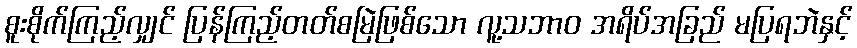
စူးစိုက်ကြည့်လျှင် ပြန်ကြည့်တတ်စမြဲဖြစ်သော လူ့သဘာဝ အရိပ်အခြည် မပြရဘဲနှင့်